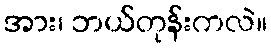
အား၊ ဘယ်တုန်းကလဲ။